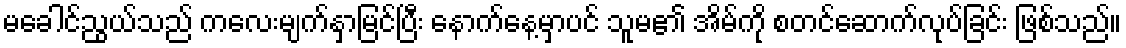
မခေါင်ညွယ်သည် ကလေးမျက်နှာမြင်ပြီး နောက်နေ့မှာပင် သူမ၏ အိမ်ကို စတင်ဆောက်လုပ်ခြင်း ဖြစ်သည်။